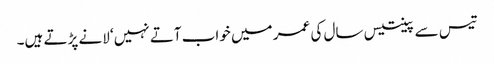
تیس سے پینتیس سال کی عمر میں خواب آتے نہیں‘ لانے پڑتے ہیں۔